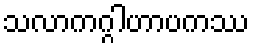
သလာကဂ္ဂါဟာပကဿ